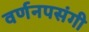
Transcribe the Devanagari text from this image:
वर्णनपसंगी